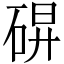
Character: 𰧀